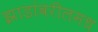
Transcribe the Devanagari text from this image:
झाडांवरीलमध